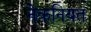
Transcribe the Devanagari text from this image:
नेकनियत